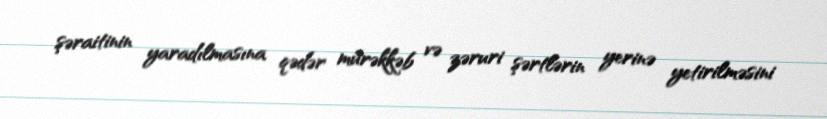
şəraitinin yaradılmasına qədər mürəkkəb və zəruri şərtlərin yerinə yetirilməsini